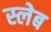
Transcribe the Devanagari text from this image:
स्लेब